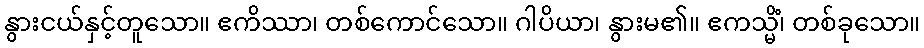
နွားငယ်နှင့်တူသော။ ဧကိဿာ၊ တစ်ကောင်သော။ ဂါပိယာ၊ နွားမ၏။ ဧကသ္မိံ၊ တစ်ခုသော။